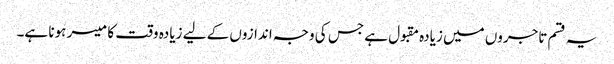
یہ قسم تاجروں میں زیادہ مقبول ہے جس کی وجہ اندازوں کے لیے زیادہ وقت کا میسر ہونا ہے۔